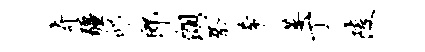
奇疆邱郎朗祭希萎丁陵